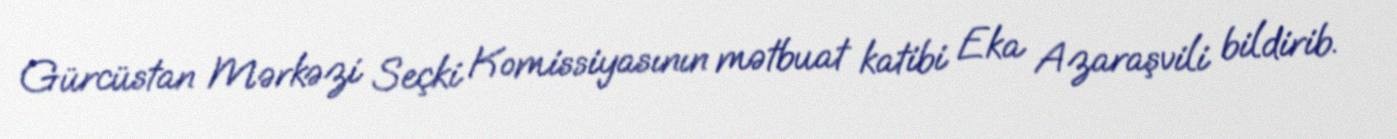
Gürcüstan Mərkəzi Seçki Komissiyasının mətbuat katibi Eka Azaraşvili bildirib.